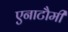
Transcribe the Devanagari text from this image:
एनाटौमी